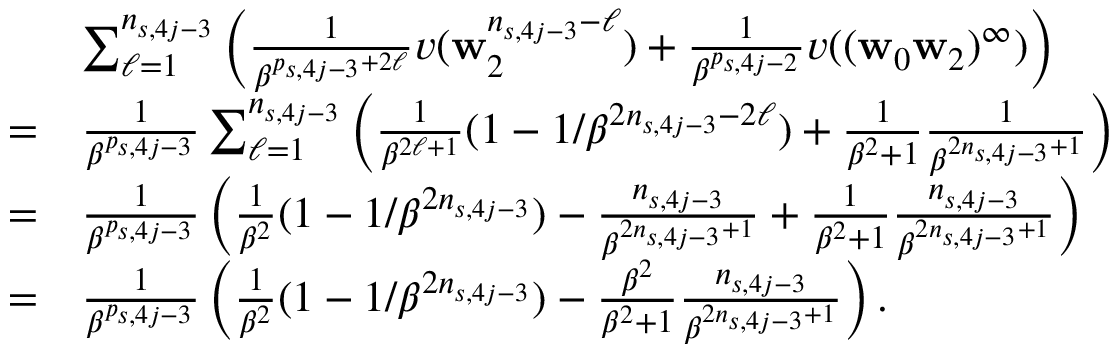
\begin{array} { r l } & { \sum _ { \ell = 1 } ^ { n _ { s , 4 j - 3 } } \left( \frac 1 { \beta ^ { p _ { s , 4 j - 3 } + 2 \ell } } v ( \mathbf w _ { 2 } ^ { n _ { s , 4 j - 3 } - \ell } ) + \frac 1 { \beta ^ { p _ { s , 4 j - 2 } } } v ( ( \mathbf w _ { 0 } \mathbf w _ { 2 } ) ^ { \infty } ) \right) } \\ { = } & { \frac 1 { \beta ^ { p _ { s , 4 j - 3 } } } \sum _ { \ell = 1 } ^ { n _ { s , 4 j - 3 } } \left( \frac 1 { \beta ^ { 2 \ell + 1 } } ( 1 - 1 / \beta ^ { 2 n _ { s , 4 j - 3 } - 2 \ell } ) + \frac 1 { \beta ^ { 2 } + 1 } \frac 1 { \beta ^ { 2 n _ { s , 4 j - 3 } + 1 } } \right) } \\ { = } & { \frac 1 { \beta ^ { p _ { s , 4 j - 3 } } } \left( \frac 1 { \beta ^ { 2 } } ( 1 - 1 / \beta ^ { 2 n _ { s , 4 j - 3 } } ) - \frac { n _ { s , 4 j - 3 } } { \beta ^ { 2 n _ { s , 4 j - 3 } + 1 } } + \frac 1 { \beta ^ { 2 } + 1 } \frac { n _ { s , 4 j - 3 } } { \beta ^ { 2 n _ { s , 4 j - 3 } + 1 } } \right) } \\ { = } & { \frac 1 { \beta ^ { p _ { s , 4 j - 3 } } } \left( \frac 1 { \beta ^ { 2 } } ( 1 - 1 / \beta ^ { 2 n _ { s , 4 j - 3 } } ) - \frac { \beta ^ { 2 } } { \beta ^ { 2 } + 1 } \frac { n _ { s , 4 j - 3 } } { \beta ^ { 2 n _ { s , 4 j - 3 } + 1 } } \right) . } \end{array}